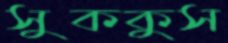
সুককুস